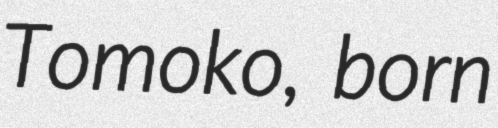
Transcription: Tomoko, born